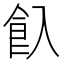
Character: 𩚆